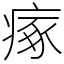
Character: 瘃